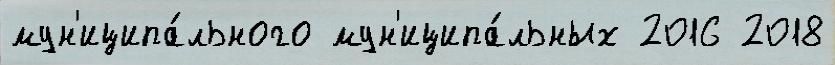
мун'иципа́льного мун'иципа́льных 2016 2018